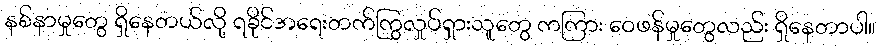
နစ်နာမှုတွေ ရှိနေတယ်လို့ ရခိုင်အရေးတက်ကြွလှုပ်ရှားသူတွေ ကကြား ဝေဖန်မှုတွေလည်း ရှိနေတာပါ။